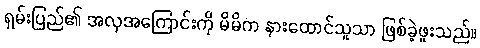
ရှမ်းပြည်၏ အလှအကြောင်းကို မိမိက နားထောင်သူသာ ဖြစ်ခဲ့ဖူးသည်။